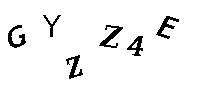
GYZZ4E